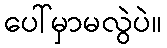
ပေါ်မှာမလွဲပဲ။